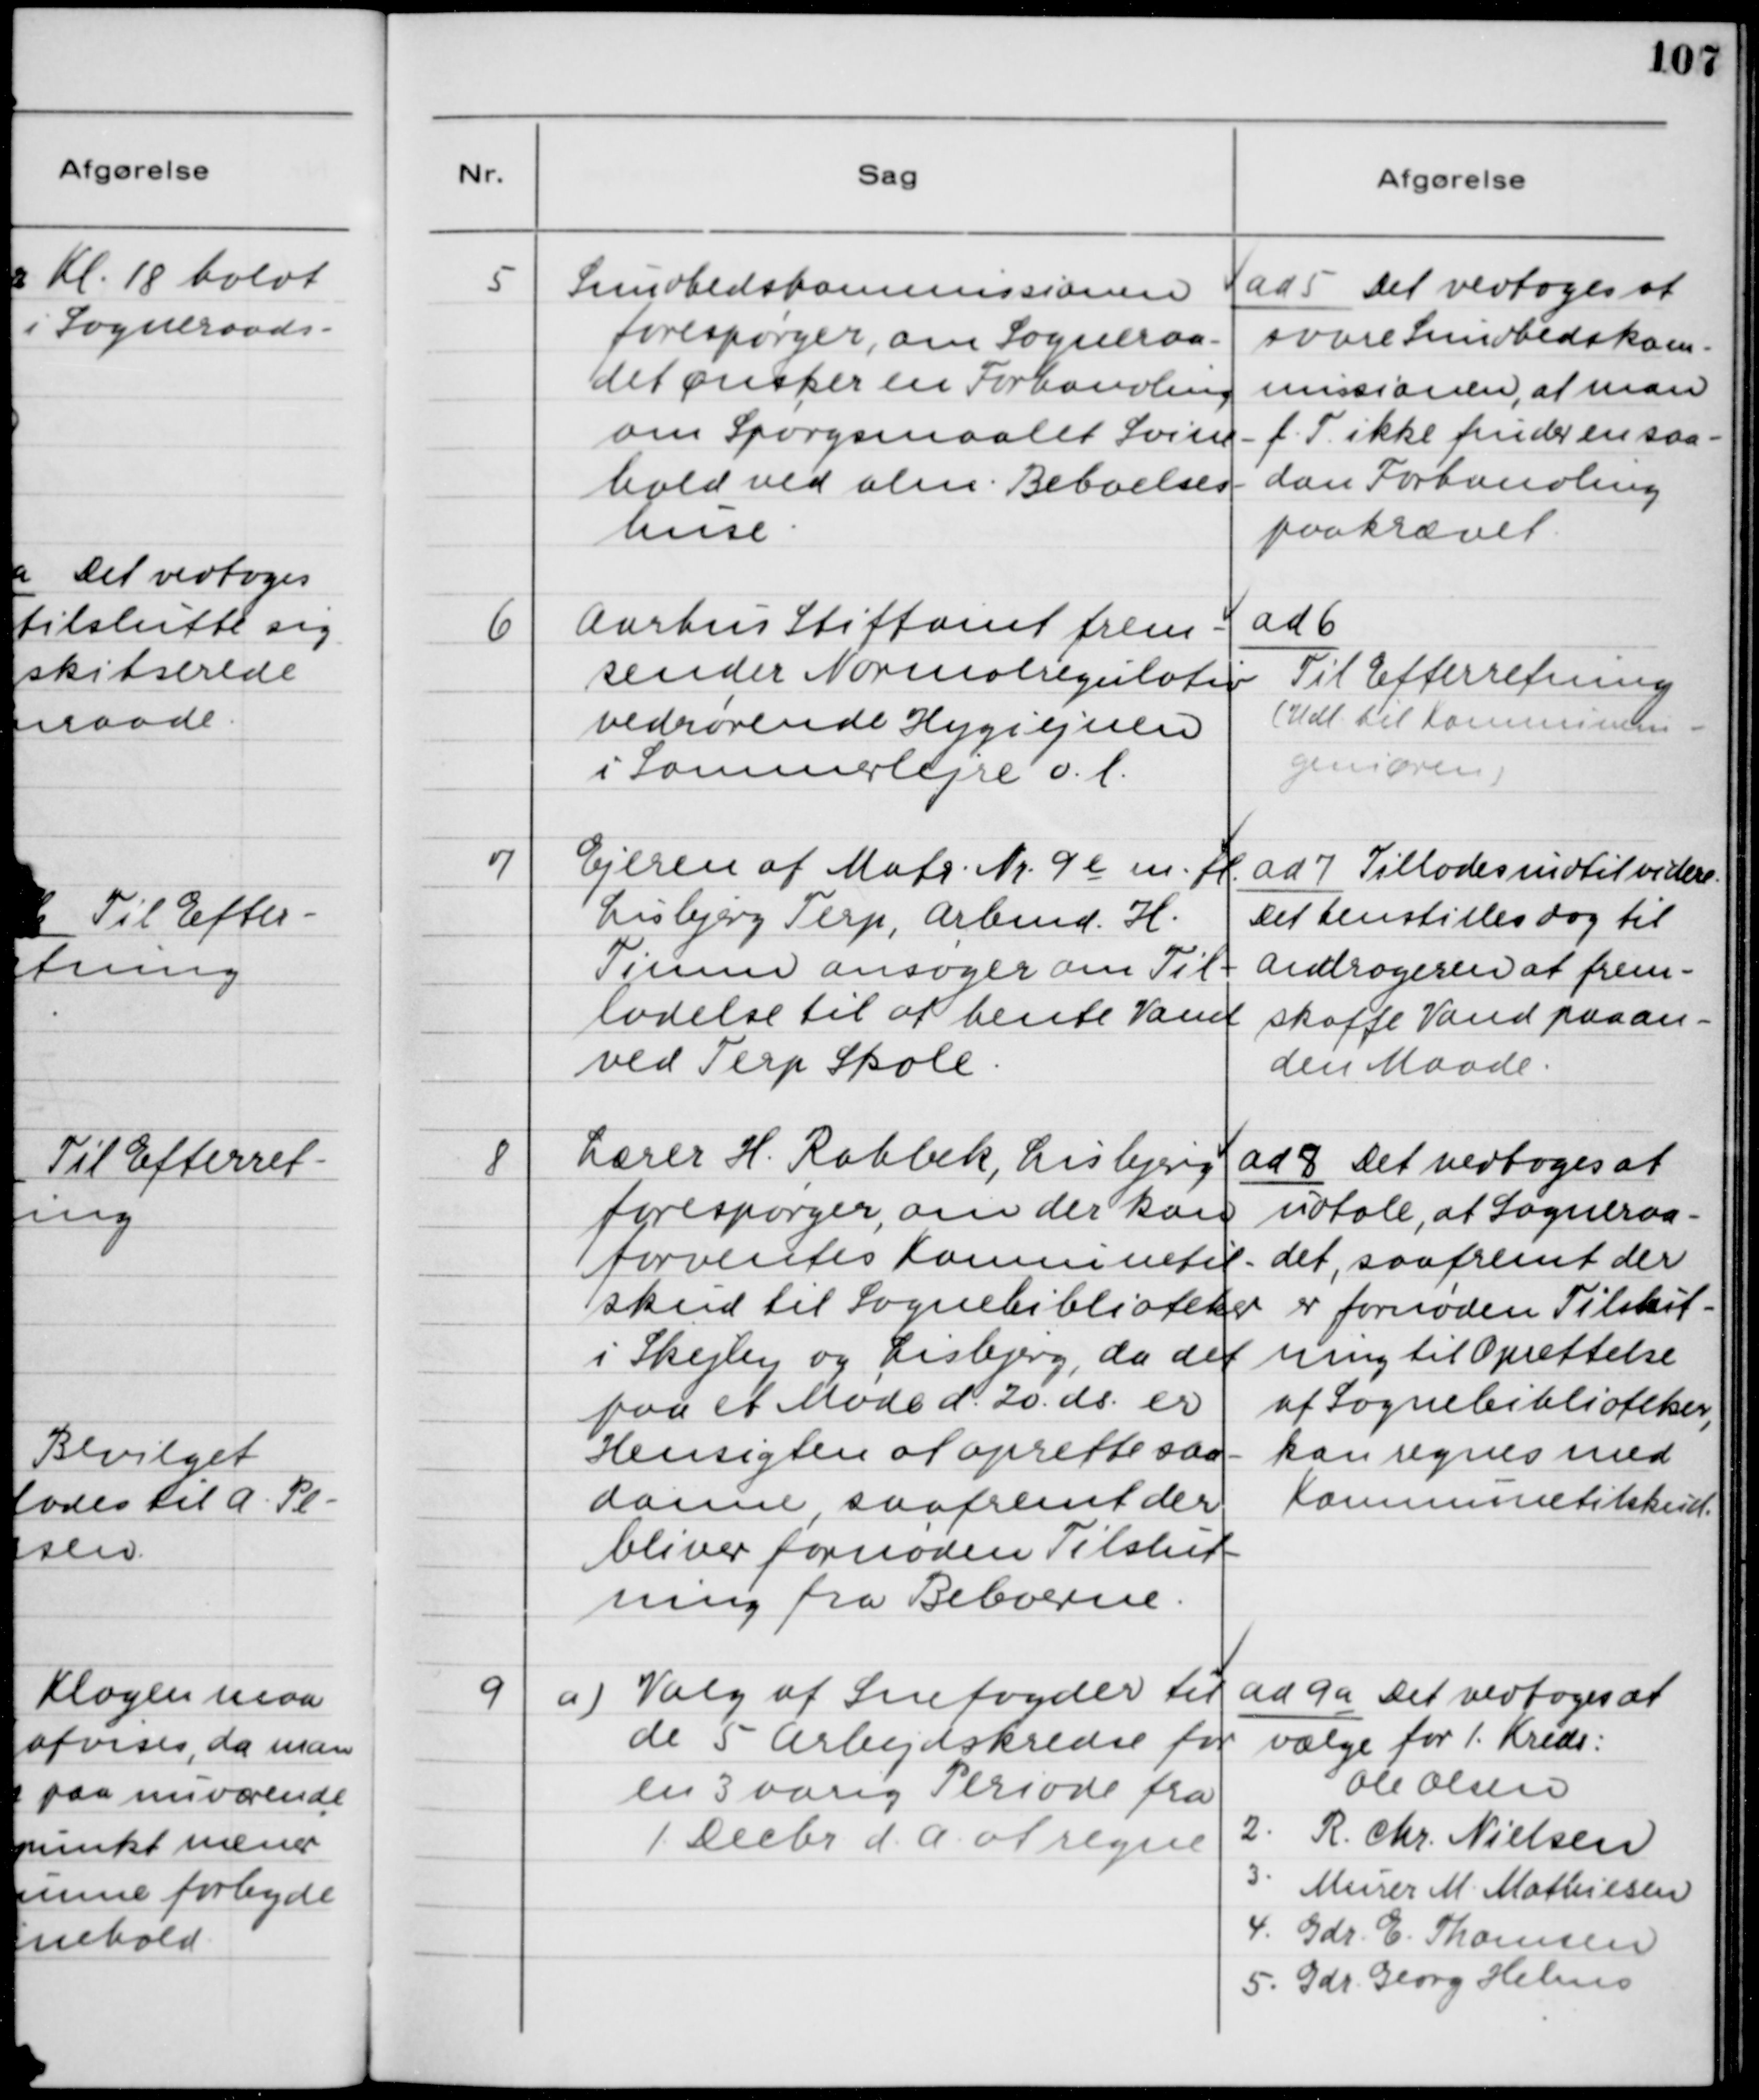
Transskription:
5. Sundhedskommissionen
forespørger, om Sogneraa-
det ønsker en Forhandling
om Spørgsmaalet Svine-
hold ved alm. Beboelses-
huse.

ad 5. Det vedtoges at
svare Sundhedskom-
missionen, at man
f.T. ikke finder en saa-
dan Forhandling
paakrævet.

6. Aarhus Stiftsamt frem
sender Normalregulativ
vedrørende Hygiejnen
i Sommerlejere o.l.

ad 6.
Til Efterretning.
(Udl. til Kommunein-
geniøren)

7. Ejeren af Matr. Nr. 9e m.fl.
Lisbjerg Terp, Arbmd. H.
Timm ansøger om Til-
ladelse til at hente Vand
ved Terp Skole.

ad 7. Tillades indtil videre.
Det henstilles dog til
Andrageren at frem-
skaffe Vand paa an-
den Maade.

8. Lærer H. Rahbek, Lisbjerg
forespørger, om der kan
forventes Kommunetil-
skud til Sognebiblioteker
i Skejby og Lisbjerg, da det
paa et Møde d. 20 ds. er
Hensigten at oprette saa-
danne, saafremt der
bliver fornøden Tilslut-
ning fra Beboerne.

ad 8. Det vedtages at
udtale, at Sogneraa-
det, saafremt der
er fornøden Tilslut-
ning til Oprettelse
af Sognebiblioteker,
kan regnes med
Kommunetilskud.

9 a) Valg af Snefogeder til
de 5 Arbejdskredse for
en 3 aarig Periode fra
1. Decbr. d.A. at regne.

ad 9 a Det vedtoges at
vælge for 1. Kreds:
Ole Olsen
2. R. Chr. Nielsen
3. Murer M. Mathiesen
4. Gdr. E. Thomsen
5. Gdr. Georg Helms